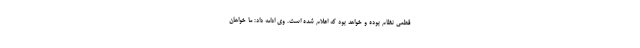
قطعی نظام بوده و خواهد بود که اعلام شده است. وی ادامه داد: ما خواهان